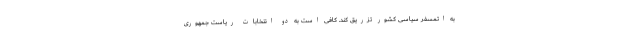
به اتمسفر سیاسی کشور تزریق کند. کافی است به دو انتخابات ریاست جمهوری